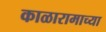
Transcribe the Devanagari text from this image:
काळारामाच्या